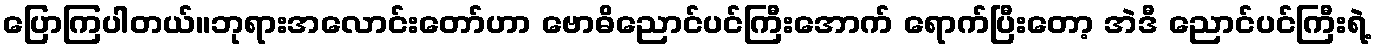
ပြောကြပါတယ်။ဘုရားအလောင်းတော်ဟာ ဗောဓိညောင်ပင်ကြီးအောက် ရောက်ပြီးတော့ အဲဒီ ညောင်ပင်ကြီးရဲ့